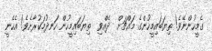
ގެމީހުންނޭވެ! ތިޔަބައިމީހުންގެ މައްޗަށް  ދެއްވި  ތިޔަބައިމީހުން ހަނދުމަކުރާށެވެ! އެހެނީ